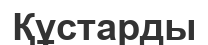
Құстарды